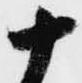
十